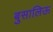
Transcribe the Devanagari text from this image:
बुसालिऊ